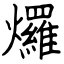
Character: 𤓓